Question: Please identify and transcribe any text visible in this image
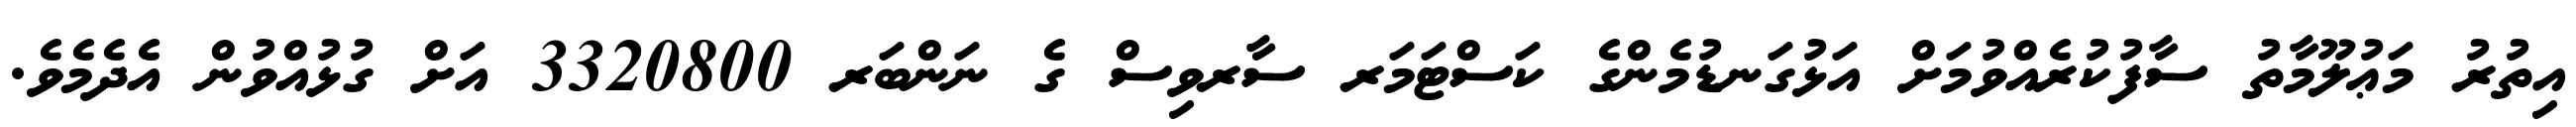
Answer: އިތުރު މަޢުލޫމާތު ސާފުކުރެއްވުމަށް އަޅުގަނޑުމެންގެ ކަސްޓަމަރ ސާރވިސް ގެ ނަންބަރ 3320800 އަށް ގުޅުއްވުން އެދެމެވެ.